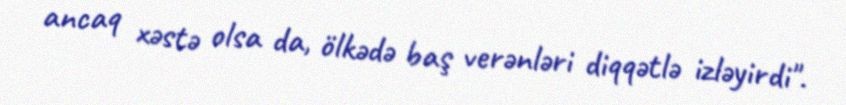
ancaq xəstə olsa da, ölkədə baş verənləri diqqətlə izləyirdi".